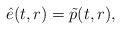
LaTeX: \begin{align*} \hat e(t,r) =\tilde p(t,r),\end{align*}